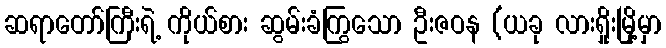
ဆရာတော်ကြီးရဲ့ ကိုယ်စား ဆွမ်းခံကြွသော ဦးဇဝန (ယခု လားရှိုးမြို့မှာ